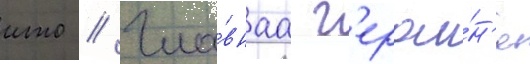
ито // Гла́внаа г'ерои́н'я